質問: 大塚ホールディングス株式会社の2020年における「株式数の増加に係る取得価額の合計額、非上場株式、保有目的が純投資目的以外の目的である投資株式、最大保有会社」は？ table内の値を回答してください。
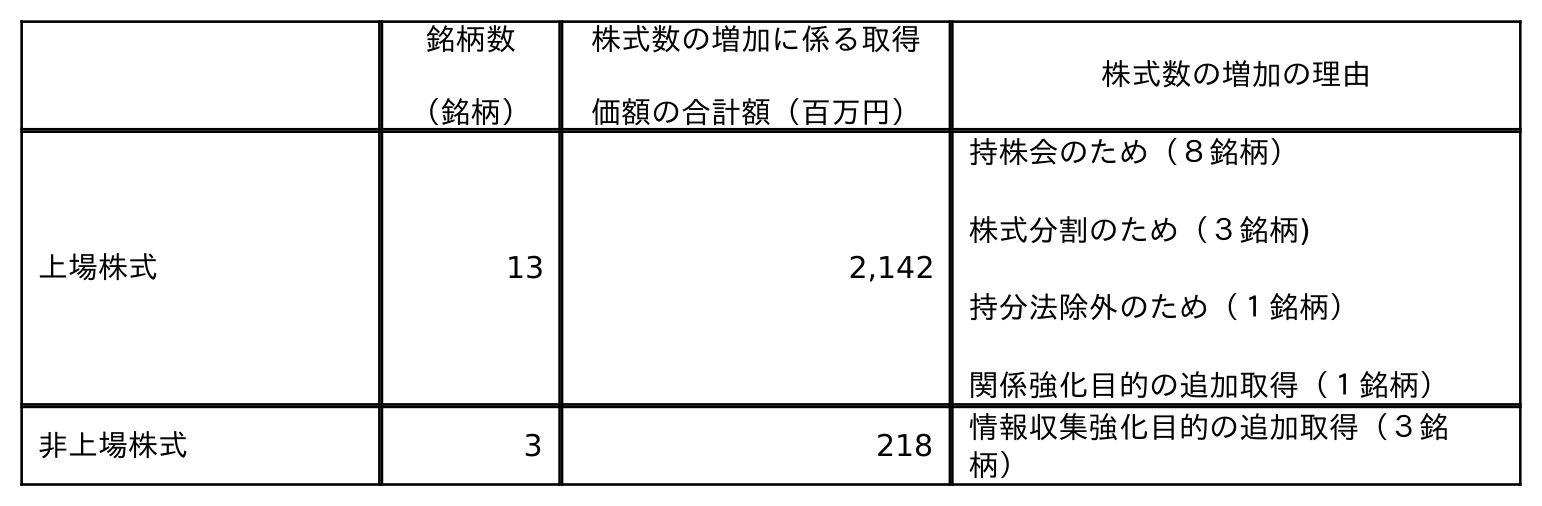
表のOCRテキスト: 銘柄数 （銘柄） 株式数の増加に係る取得 価額の合計額（百万円） 株式数の増加の理由 上場株式 13 2,142 持株会のため（８銘柄） 株式分割のため（３銘柄) 持分法除外のため（１銘柄） 関係強化目的の追加取得（１銘柄） 非上場株式 3 218 情報収集強化目的の追加取得（３銘 柄）
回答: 2,142